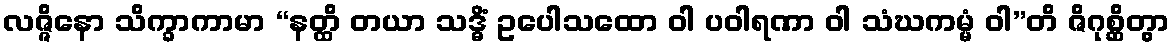
လဇ္ဇိနော သိက္ခာကာမာ “နတ္ထိ တယာ သဒ္ဓိံ ဥပေါသထော ဝါ ပဝါရဏာ ဝါ သံဃကမ္မံ ဝါ”တိ ဇိဂုစ္ဆိတွာ